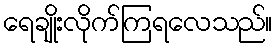
ရေချိုးလိုက်ကြရလေသည်။